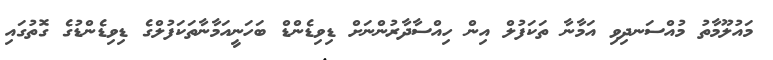
މައުލޫމާތު މުއްސަނދިވި އަމާނާ ތަކަފުލް އިން ހިއްސާދާރުންނަށް ޑިވިޑެންޑް ބަހަނީއަމާނާތަކަފުލްގެ ޑިވިޑެންޑުގެ ގޮތުގައި